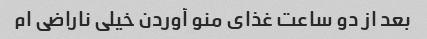
بعد از دو ساعت غذای منو آوردن خیلی ناراضی ام